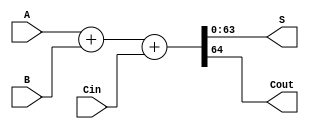
`timescale 1ns / 1ps
//////////////////////////////////////////////////////////////////////////////////
// Company: 
// Engineer: 
// 
// Design Name: 
// Module Name: adder_32
// Project Name: 
// Target Devices: 
// Tool Versions: 
// Description: 
// 
// Dependencies: 
// 
// Revision:
// Revision 0.01 - File Created
// Additional Comments:
// 
//////////////////////////////////////////////////////////////////////////////////


module adder_64(
    input   wire [63:0]     A,
    input   wire [63:0]     B,
    input   wire            Cin,
    output  wire [63:0]     S,
    output  wire            Cout
    );
    assign {Cout, S}        = A + B + Cin;
endmodule